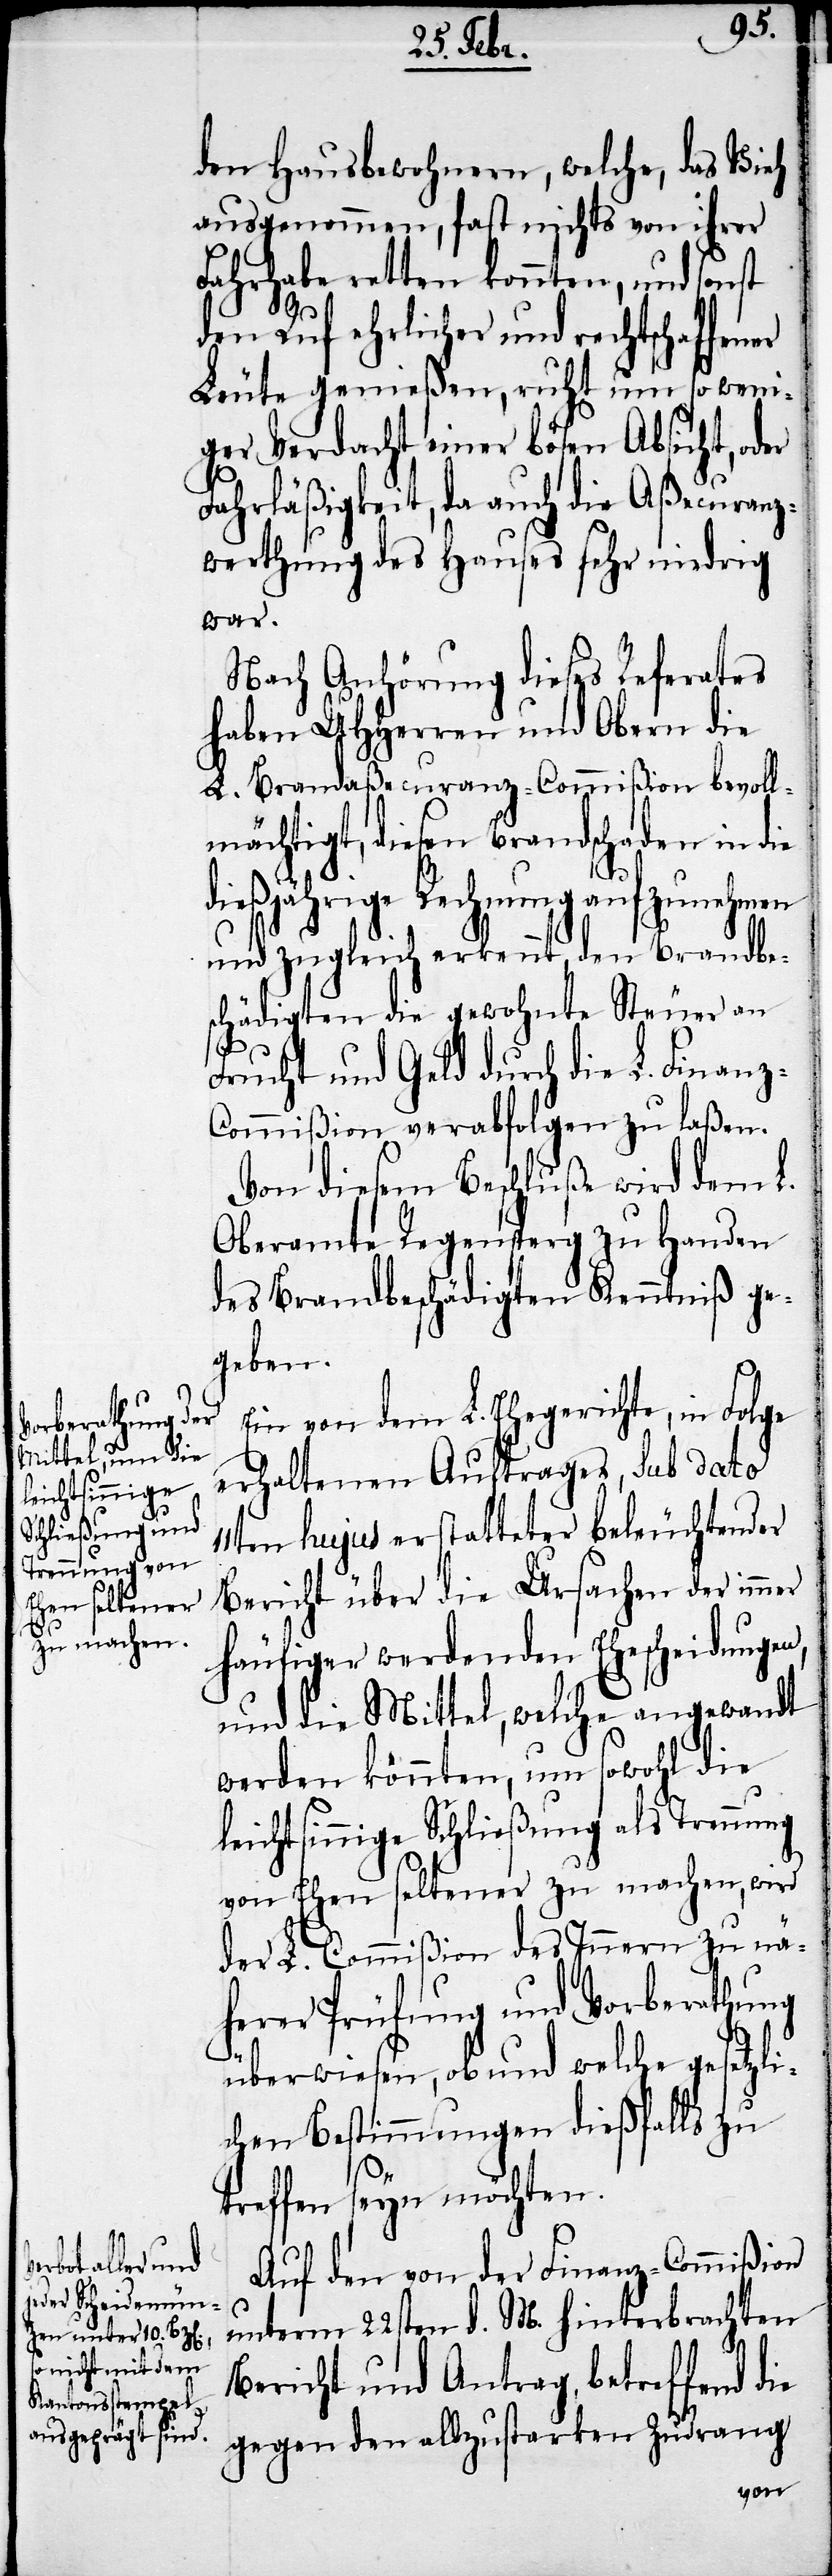
den Hausbewohnern, welche, das Vieh
ausgenommen, fast nichts von ihrer
Fahrhabe retten konnten, und sonst
den Ruf ehrlicher und rechtschaffener
Leute genießen, ruht um so weni¬
ger Verdacht einer bösen Absicht, oder
Fahrläßigkeit, da auch die Aßecuranz¬
werthung des Hauses sehr niedrig
war.
Nach Anhörung dieses Referates
haben UHHerren und Obern die
L. Brandaßecuranz-Commißion bevoll¬
mächtigt, diesen Brandschaden in die
dießjährige Rechnung aufzunehmen
und zugleich erkennt, den Brandbe¬
schädigten die gewohnte Steuer an
Frucht und Geld durch die L. Finanz-C¬
ommißion verabfolgen zu laßen.
Von diesem Beschluße wird dem L.
Oberamte Regensperg zu Handen
des Brandbeschädigten Kenntniß ge¬
geben.
Ein von dem L. Ehegerichte, in Folge
erhaltenen Auftrages, sub dato
11ten hujus erstatteter beleuchtender
Bericht über die Ursachen der immer
häufiger werdenden Ehescheidungen,
und die Mittel, welche angewandt
werden könnten, um sowohl die
eichtsinnige Schließung als Trennu¬
ng
von Ehen seltener zu machen, wird
der L. Commißion des Innern zu nä¬
herer Prüfung und Vorberathung
überwiesen, ob und welche gesetzli¬
chen Bestimmungen dießfalls zu
treffen seyn möchten.
Auf den von der Finanz-Commißion
unterm 22sten d. M. hinterbrachten
Bericht und Antrag, betreffend die
gegen den allzustarken Zudrang